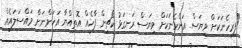
"ފިރިހެނަކަށް ވިޔަސް އަންހެނަކަށް ވިޔަސް ރަނގަޅު ކޯޗިން ފާހެއް އޮތިއްޔާ އަހަންނަށް މައްސަލައެއް